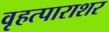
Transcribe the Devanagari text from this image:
वृहत्पाराशर